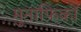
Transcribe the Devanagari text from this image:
मुनाफिकों